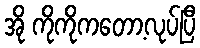
အို ကိုကိုကတော့လုပ်ပြီ